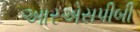
આરએસપીબી